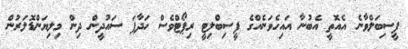
ފީސިބަލްވާނެ އެއޮތީ އެބުނާ އައިހެވަނެއްގެ ފީސިބްލިޓީ ރިޕޯޓްވެސް ހަދާފަ ސައުދީން ދިން މިލިޔަންޑޮލަރުން